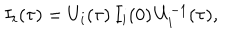
I _ { i } ( { \tau } ) = U _ { i } ( { \tau } ) \, I _ { i } ( 0 ) \, U _ { i } ^ { - 1 } ( { \tau } ) ,